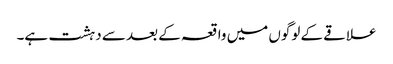
علاقے کے لوگوں میں واقعہ کے بعد سے دہشت ہے۔